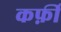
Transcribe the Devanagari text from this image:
कर्फ़ी